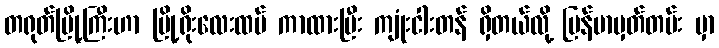
တရုတ်မြို့ကြီးဟာ မြို့ရိုးလေးထပ် ကာထားပြီး ကျုံးငါးတန် ရှိတယ်လို့ မြန်မာမှတ်တမ်း မှာ